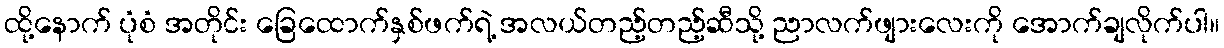
ထို့နောက် ပုံစံ အတိုင်း ခြေထောက်နှစ်ဖက်ရဲ့ အလယ်တည့်တည့်ဆီသို့ ညာလက်ဖျားလေးကို အောက်ချလိုက်ပါ။